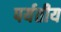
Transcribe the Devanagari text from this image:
पर्यतीय